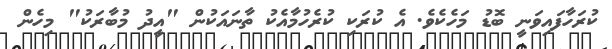
ކުރަހާފައިވަނީ ބޮޑު މަހެކެވެ. އެ ކުރަކި ކުރެހުމާއެކު ތާނައަކުން "އީދު މުބާރަކު" މިހެން